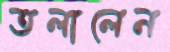
তলালেন